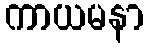
ကာယမနာ